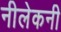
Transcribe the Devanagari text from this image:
नीलेकनी